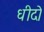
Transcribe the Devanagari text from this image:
धीदो